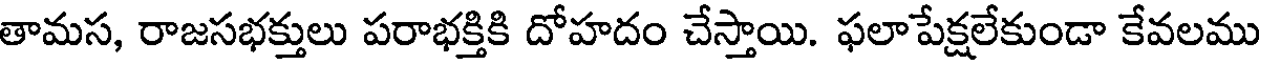
తామస, రాజసభక్తులు పరాభక్తికి దోహదం చేస్తాయి. ఫలాపేక్షలేకుండా కేవలము